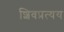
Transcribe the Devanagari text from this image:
शिवप्रत्यय